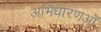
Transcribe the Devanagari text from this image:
अभिधारणओं